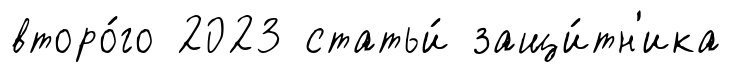
второ́го 2023 статьи́ защи́тн'ика